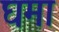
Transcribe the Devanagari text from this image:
घमा